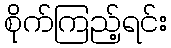
စိုက်ကြည့်ရင်း